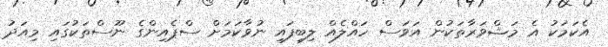
އެކަމަކު އެ މަޝްވަރާތަކުން އަވަސް ހައްލެއް ލިބިފައި ނުވާކަމަށް ސްޕެއިންގެ ނޫސްތަކުގައި މިއަދު